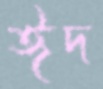
ঈদ